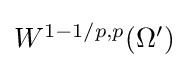
{\textstyle W^{1-1/p,p}(\Omega ')}